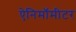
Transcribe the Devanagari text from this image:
ऐनिमॉमीटर